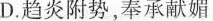
D.趋炎附势，奉承献媚